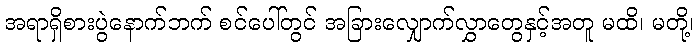
အရာရှိစားပွဲနောက်ဘက် စင်ပေါ်တွင် အခြားလျှောက်လွှာတွေနှင့်အတူ မထိ၊ မတို့၊